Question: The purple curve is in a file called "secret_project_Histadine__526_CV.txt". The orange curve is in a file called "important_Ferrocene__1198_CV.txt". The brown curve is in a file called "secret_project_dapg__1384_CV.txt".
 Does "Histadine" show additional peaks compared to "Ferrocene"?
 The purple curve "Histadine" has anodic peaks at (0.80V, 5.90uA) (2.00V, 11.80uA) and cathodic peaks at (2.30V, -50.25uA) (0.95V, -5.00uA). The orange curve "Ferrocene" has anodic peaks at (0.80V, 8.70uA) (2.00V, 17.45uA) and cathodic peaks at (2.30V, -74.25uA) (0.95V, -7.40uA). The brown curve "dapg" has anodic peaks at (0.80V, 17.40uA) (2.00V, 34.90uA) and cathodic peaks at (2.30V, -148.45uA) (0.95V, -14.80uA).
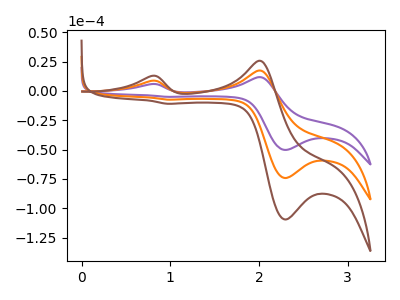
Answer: <think>All the peaks in "Histadine" have a peak in "Ferrocene" at the same potential. Every peak in "Histadine" is lower than every peak in "Ferrocene".
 </think>
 <answer>No, "Histadine" and "Ferrocene" don't appear to be significantly different in shape</answer>
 <eval>no_change</eval>